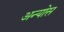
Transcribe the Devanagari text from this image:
अन्योस